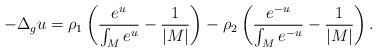
LaTeX: \begin{align*}-\Delta_gu=\rho_1\left(\frac{e^u}{\int_{M}e^u}-\frac{1}{|M|}\right)-\rho_2\left(\frac{e^{-u}}{\int_{M}e^{-u}}-\frac{1}{|M|}\right).\end{align*}